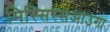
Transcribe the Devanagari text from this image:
मिस्सिस्सआउगा